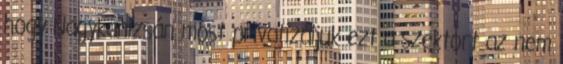
hogy Nagykanizsán most privatizáljuk ezt a szektort az nem